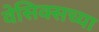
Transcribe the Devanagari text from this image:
वेसिक्सच्या